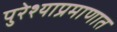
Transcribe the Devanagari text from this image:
पुरेश्याप्रमाणात